Scientific memoirs by medical officers of the Army of India - Part III,
Year: 1887
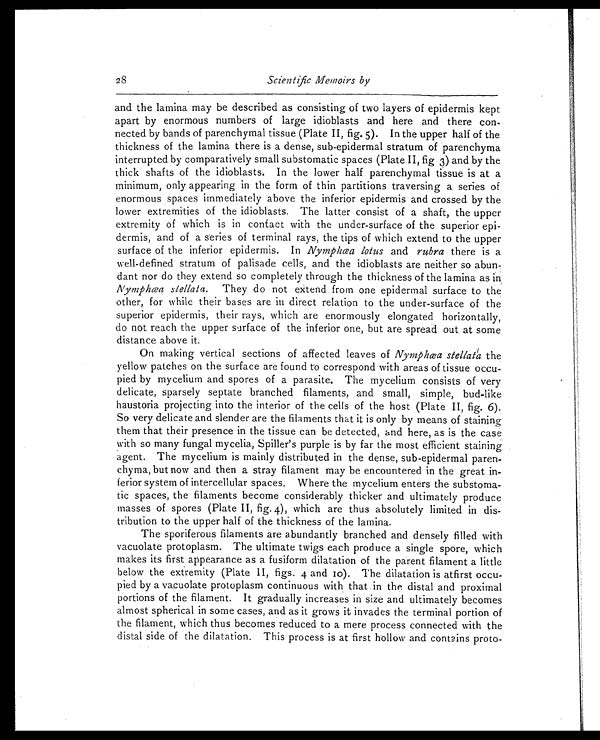
28
Scientific Memoirs by
and the lamina may be described as consisting of two layers of epidermis kept
apart by enormous numbers of large idioblasts and here and there con-
nected by bands of parenchymal tissue (Plate II, fig. 5). In the upper half of the
thickness of the lamina there is a dense, sub-epidermal stratum of parenchyma
interrupted by comparatively small substomatic spaces (Plate II, fig 3) and by the
thick shafts of the idioblasts. In the lower half parenchymal tissue is at a
minimum, only appearing in the form of thin partitions traversing a series of
enormous spaces immediately above the inferior epidermis and crossed by the
lower extremities of the idioblasts. The latter consist of a shaft, the upper
extremity of which is in contact with the under-surface of the superior epi-
dermis, and of a series of terminal rays, the tips of which extend to the upper
surface of the inferior epidermis. In Nymphœa lotus and rubra there is a
well-defined stratum of palisade cells, and the idioblasts are neither so abun-
dant nor do they extend so completely through the thickness of the lamina as in
Nymphœa
stellata. They do not extend from one epidermal surface to the
other, for while their bases are in direct relation to the under-surface of the
superior epidermis, their rays, which are enormously elongated horizontally,
do not reach the upper surface of the inferior one, but are spread out at some
distance above it.
On making vertical sections of affected leaves of Nymphœa stellat1 a t h e
yellow patches on the surface are found to correspond with areas of tissue occu-
pied by mycelium and spores of a parasite. The mycelium consists of very
delicate, sparsely septate branched filaments, and small, simple, bud-like
haustoria projecting into the interior of the cells of the host (Plate II, fig. 6).
So very delicate and slender are the filaments that it is only by means of staining
them that their presence in the tissue can be detected, and here, as is the case
with so many fungal mycelia, Spiller's purple is by far the most efficient staining
agent. The mycelium is mainly distributed in the dense, sub-epidermal paren-
chyma, but now and then a stray filament may be encountered in the great in-
ferior system of intercellular spaces. Where the mycelium enters the substoma-
tic spaces, the filaments become considerably thicker and ultimately produce
masses of spores (Plate II, fig. 4), which are thus absolutely limited in dis-
tribution to the upper half of the thickness of the lamina.
The sporiferous filaments are abundantly branched and densely filled with
vacuolate protoplasm. The ultimate twigs each produce a single spore, which
makes its first appearance as a fusiform dilatation of the parent filament a little
below the extremity (Plate II, figs. 4 and m). The dilatation is atfirst occu-
pied by a vacuolate protoplasm continuous with that in the distal and proximal
portions of the filament. It gradually increases in size and ultimately becomes
almost spherical in some cases, and as it grows it invades the terminal portion of
the filament, which thus becomes reduced to a mere process connected with the
distal side of the dilatation. This process is at first hollow and contains proto-